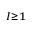
\scriptstyle { I \geq 1 }